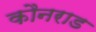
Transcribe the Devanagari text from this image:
कौनराड